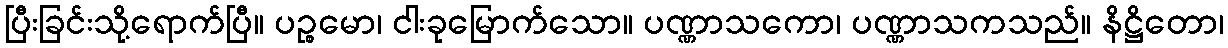
ပြီးခြင်းသို့ရောက်ပြီ။ ပဉ္စမော၊ ငါးခုမြောက်သော။ ပဏ္ဏာသကော၊ ပဏ္ဏာသကသည်။ နိဋ္ဌိတော၊